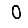
Digit: 0